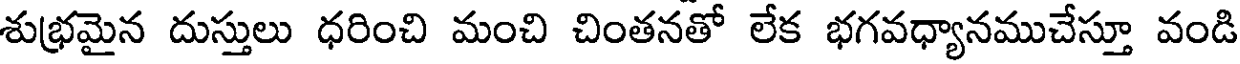
శుభ్రమైన దుస్తులు ధరించి మంచి చింతనతో లేక భగవధ్యానముచేస్తూ వండి